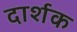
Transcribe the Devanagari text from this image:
दार्शक